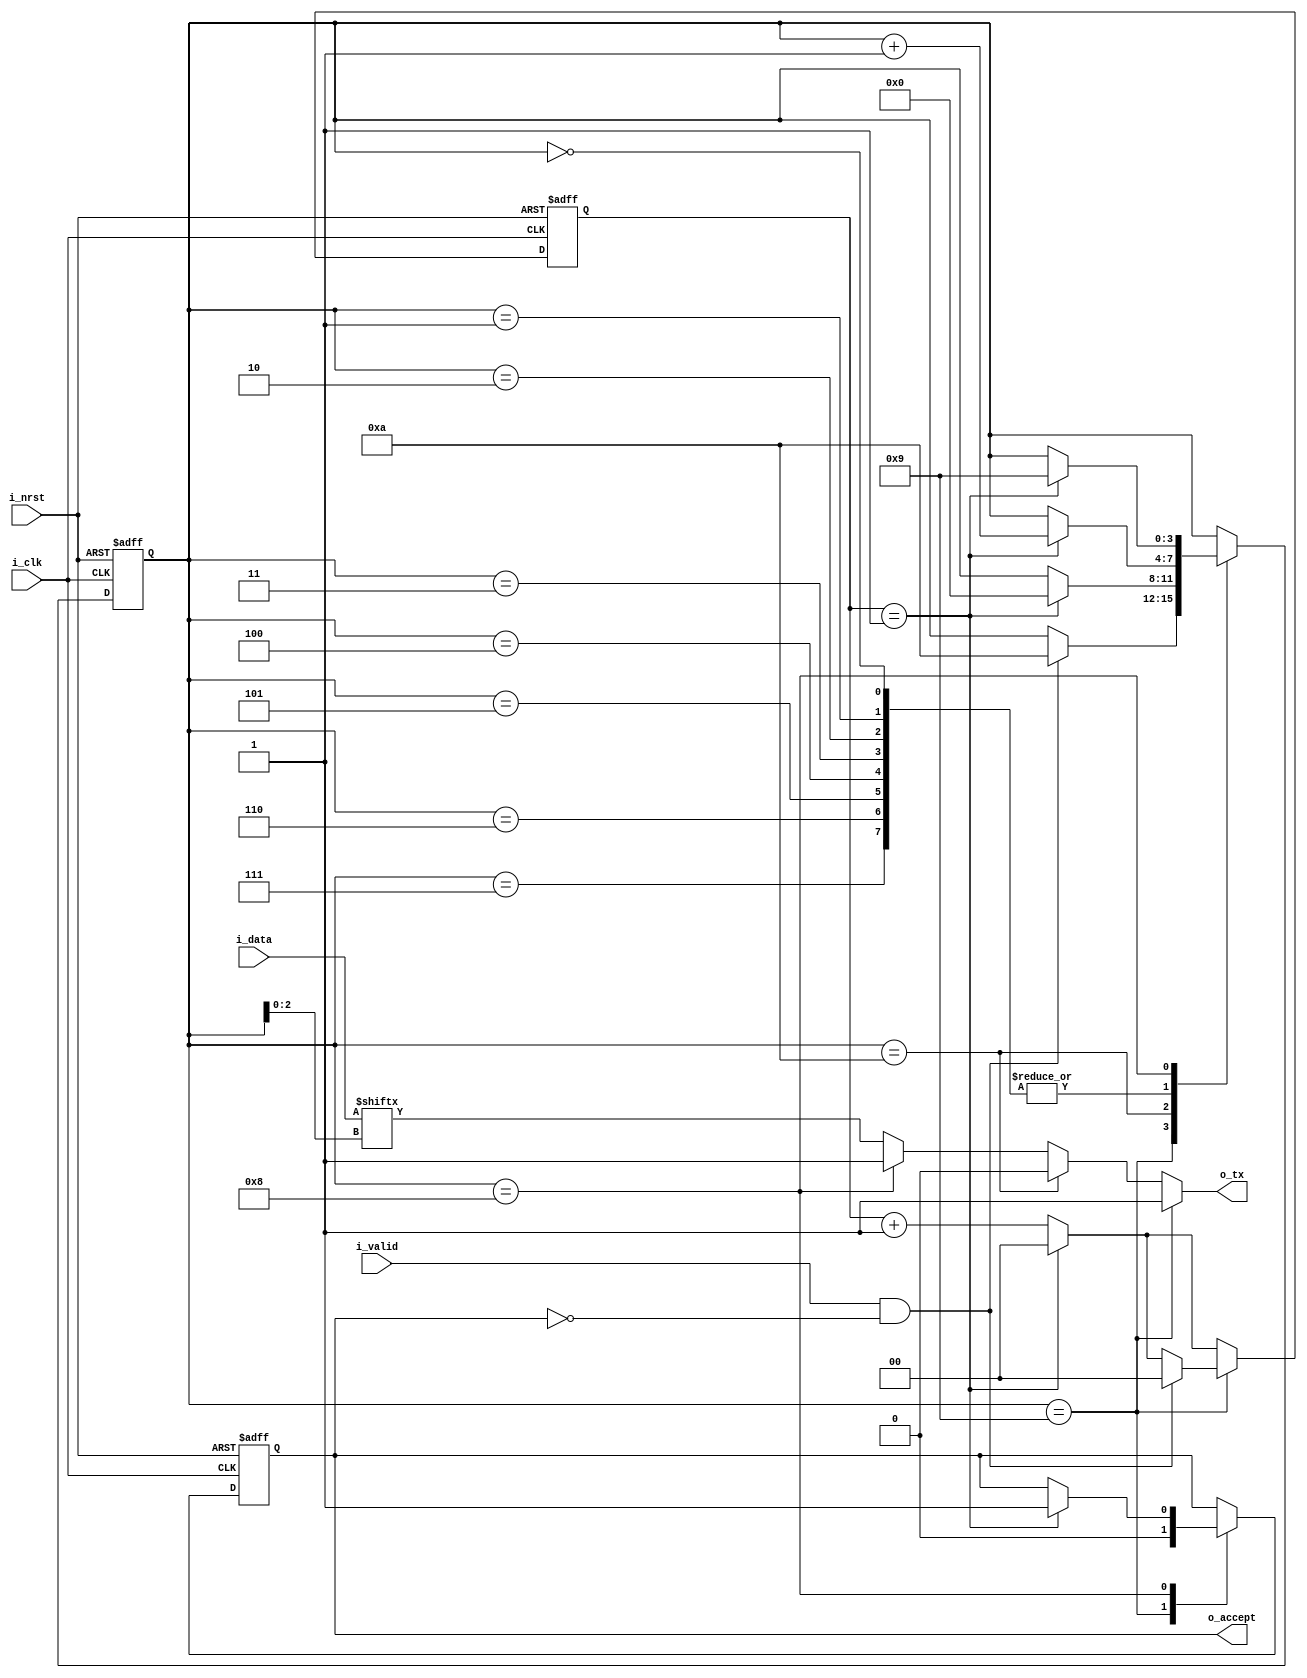
///////////////////////////////////////////////////////////
// uart_tx.v
// Transmit only 8-bit UART with fixed baud rate
// 
//    - i_valid   - Raise when data is valid on i_data
//                  After accept has been returned valid 
//                  must be driven low before returning 
//                  high to transmit again
//
//    - o_accept  - Raised when data has been transmitted
//
///////////////////////////////////////////////////////////

`timescale 1ns/1ps

module uart_tx(
   input    wire        i_clk,
   input    wire        i_nrst,
   input    wire  [7:0] i_data,
   output   wire        o_tx,
   input    wire        i_valid,
   output   reg         o_accept
);

   parameter   SAMPLE   =  1,
               TX1      =  4'h0,
               TX2      =  4'h1,
               TX3      =  4'h2,
               TX4      =  4'h3,
               TX5      =  4'h4,
               TX6      =  4'h5,
               TX7      =  4'h6,
               TX8      =  4'h7,
               TX_END   =  4'h8,
               TX_IDLE  =  4'h9,
               TX_START =  4'hA;

   reg   [3:0]                   state;
   reg   [$clog2(SAMPLE)-1:0]    count;
 
   assign   full_sample =  (count == SAMPLE  );
   assign   o_tx        =  (state == TX_IDLE )  ?  1'b1                 :
                           (state == TX_START)  ?  1'b0                 :
                           (state == TX_END  )  ?  1'b1                 :
                                                   i_data[state[2:0]]   ;  // TX? 
   
   always@(posedge i_clk or negedge i_nrst) begin
		if(!i_nrst) begin
         state    <= TX_IDLE;  
         count    <= 'b0;
         o_accept <= 1'b0;
		end else begin
         if(full_sample) begin
            count <= 'b0;
         end else begin
            count <= count + 'b1;
         end
	      case(state)
            TX_IDLE:    begin
                           o_accept <= 1'b0;
                           if(i_valid & !o_accept) begin
                              count    <= 'b0;
                              state    <= TX_START;
                           end
                        end
            TX_START:   if(full_sample)   
                           state     <= TX1;
            TX1,
            TX2,
            TX3,
            TX4,
            TX5,
            TX6,
            TX7,
            TX8:        if(full_sample)
                           state    <= state + 4'h1; 
            TX_END:     if(full_sample) begin     
                           state    <= TX_IDLE;
                           o_accept <= 1'b1;
                        end
         endcase
		end
	end
endmodule